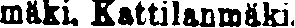
mäki, Kattilanmäki.